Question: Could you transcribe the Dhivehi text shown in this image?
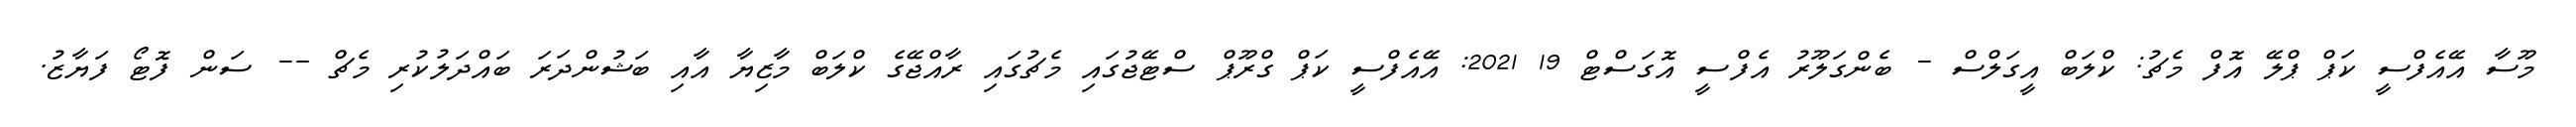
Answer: މޫސާ އޭއެފްސީ ކަޕް ޕްލޭ އޮފް މެޗު: ކްލަބް އީގަލްސް - ބެންގަލޫރު އެފްސީ އޮގަސްޓް 19 2021: އޭއެފްސީ ކަޕް ގްރޫޕް ސްޓޭޖުގައި މެޗުގައި ރާއްޖޭގެ ކްލަބް މާޒިޔާ އާއި ބަޝުންދަރަ ބައްދަލުކުރި މެޗް -- ސަން ފޮޓޯ ފަޔާޒު.